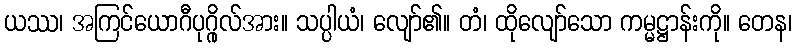
ယဿ၊ အကြင်ယောဂီပုဂ္ဂိုလ်အား။ သပ္ပါယံ၊ လျော်၏။ တံ၊ ထိုလျော်သော ကမ္မဋ္ဌာန်းကို။ တေန၊